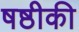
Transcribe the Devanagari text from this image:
षष्ठीकी